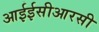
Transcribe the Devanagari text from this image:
आईईसीआरसी